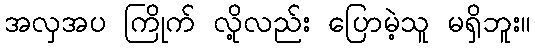
အလှအပ ကြိုက် လို့လည်း ပြောမဲ့သူ မရှိဘူး။